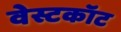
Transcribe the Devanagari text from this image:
वेस्टकॉट